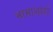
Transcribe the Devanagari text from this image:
भामाशाहों